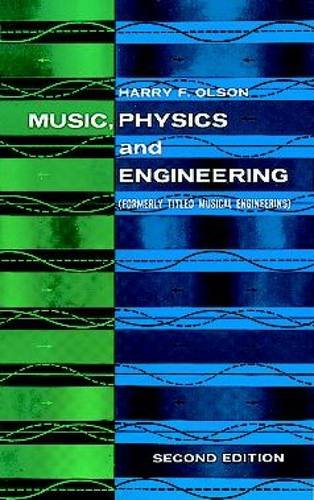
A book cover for Music, Physics and Engineering (Dover Books on Music); Harry F. Olson; Science & Math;